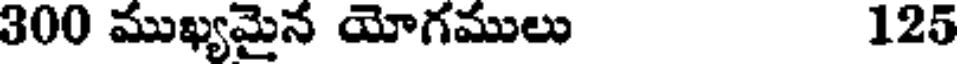
300 ముఖ్యమైన యోగములు 125